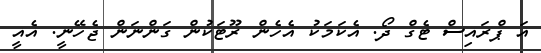
އަ ޕްރައިސް ޓެގް ދޯ. އެކަމަކު އެހެން ރޫޓަކުން ގަންނަން ޖެހޭނީ. އެއީ